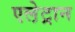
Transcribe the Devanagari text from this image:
एले़ट्रान